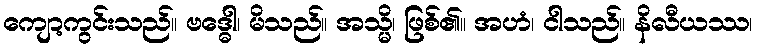
ကျော့ကွင်းသည်။ ဗဒ္ဓေါ၊ မိသည်။ အသ္မိ၊ ဖြစ်၏။ အဟံ၊ ငါသည်။ နိလီယဿ၊